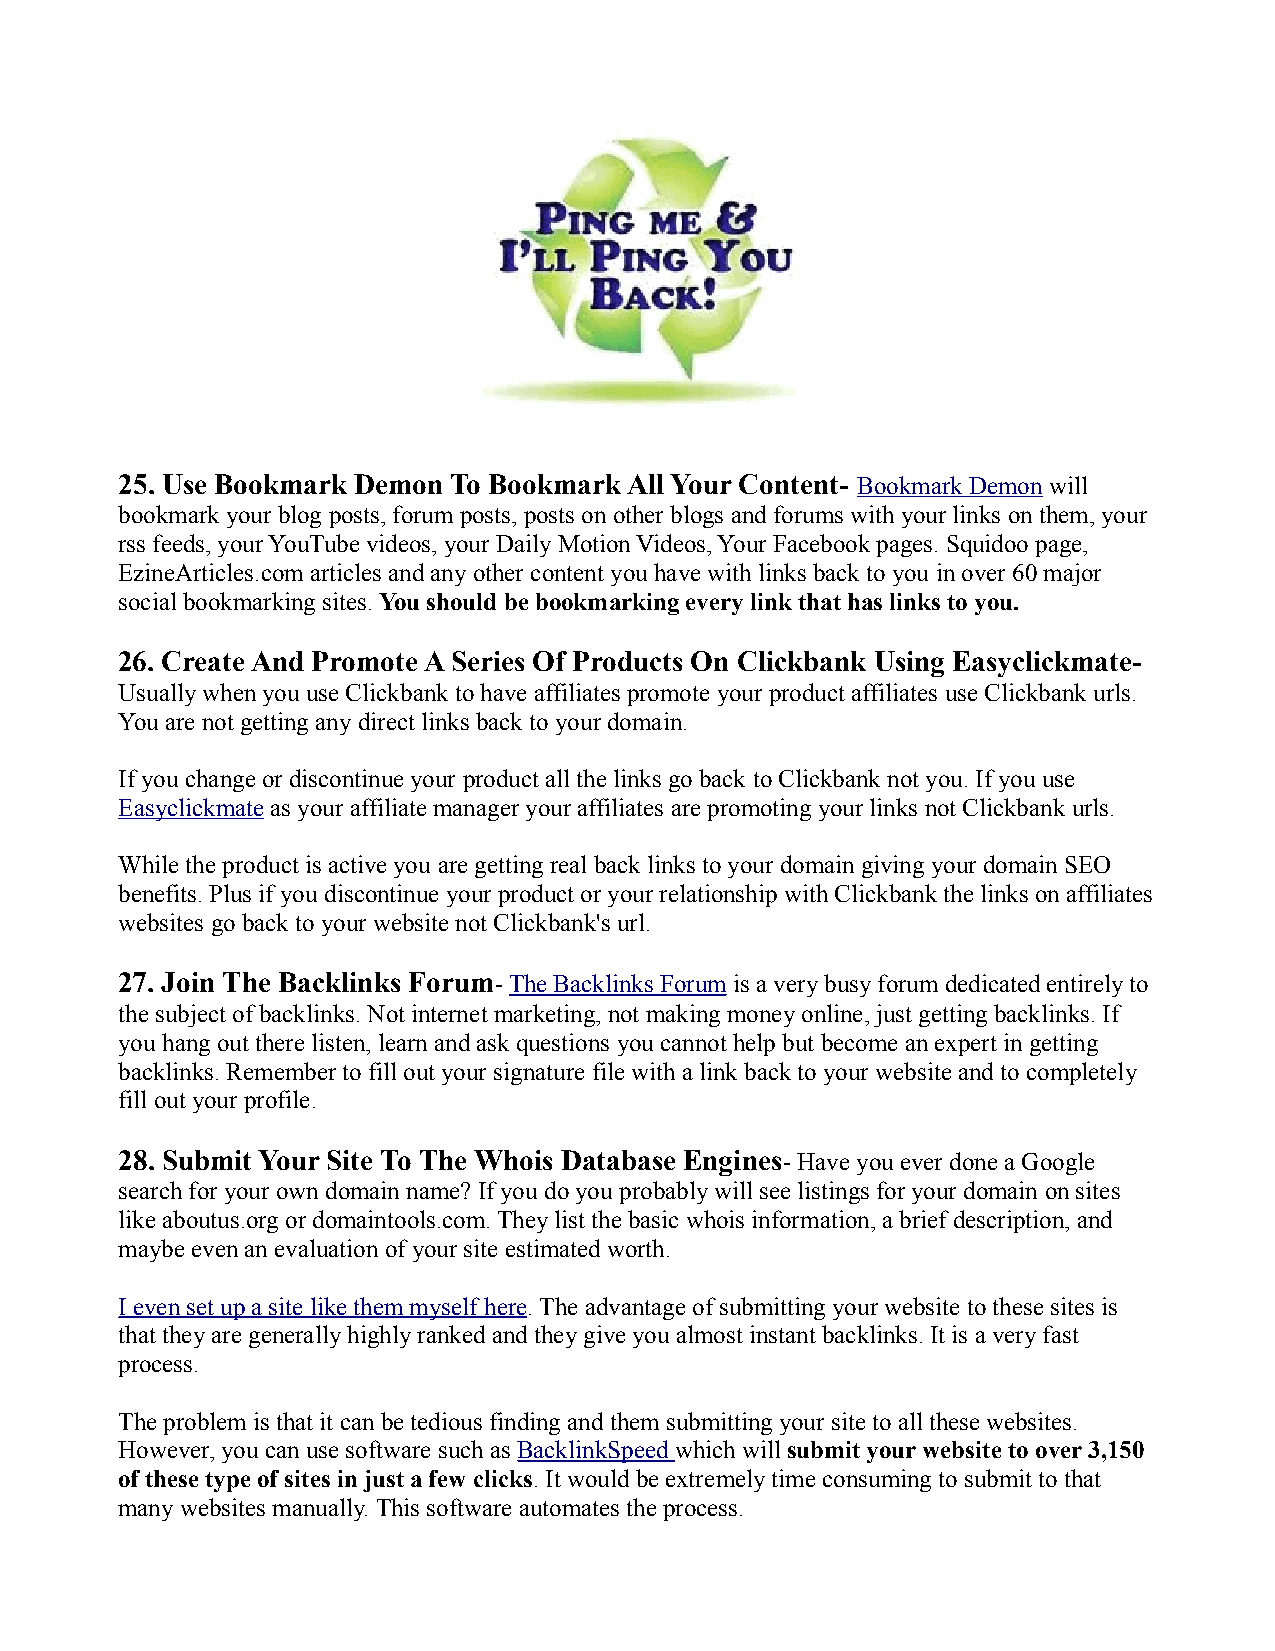
25. Use Bookmark Demon To Bookmark All Your Content- Bookmark Demon will
 bookmark your blog posts, forum posts, posts on other blogs and forums with your links on them, your
 rss feeds, your YouTube videos, your Daily Motion Videos, Your Facebook pages. Squidoo page,
 EzineArticles.com articles and any other content you have with links back to you in over 60 major
 social bookmarking sites. You should be bookmarking every link that has links to you.
 26. Create And Promote A Series Of Products On Clickbank Using Easyclickmate-
 Usually when you use Clickbank to have affiliates promote your product affiliates use Clickbank urls.
 You are not getting any direct links back to your domain.
 If you change or discontinue your product all the links go back to Clickbank not you. If you use
 Easyclickmate as your affiliate manager your affiliates are promoting your links not Clickbank urls.
 While the product is active you are getting real back links to your domain giving your domain SEO
 benefits. Plus if you discontinue your product or your relationship with Clickbank the links on affiliates
 websites go back to your website not Clickbank's url.
 27. Join The Backlinks Forum- The Backlinks Forum is a very busy forum dedicated entirely to
 the subject of backlinks. Not internet marketing, not making money online, just getting backlinks. If
 you hang out there listen, learn and ask questions you cannot help but become an expert in getting
 backlinks. Remember to fill out your signature file with a link back to your website and to completely
 fill out your profile.
 28. Submit Your Site To The Whois Database Engines- Have you ever done a Google
 search for your own domain name? If you do you probably will see listings for your domain on sites
 like aboutus.org or domaintools.com. They list the basic whois information, a brief description, and
 maybe even an evaluation of your site estimated worth.
 I even set up a site like them myself here. The advantage of submitting your website to these sites is
 that they are generally highly ranked and they give you almost instant backlinks. It is a very fast
 process.
 The problem is that it can be tedious finding and them submitting your site to all these websites.
 However, you can use software such as BacklinkSpeed which will submit your website to over 3,150
 of these type of sites in just a few clicks. It would be extremely time consuming to submit to that
 many websites manually. This software automates the process.